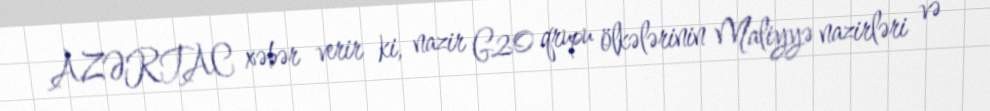
AZƏRTAC xəbər verir ki, nazir G20 qrupu ölkələrinin Maliyyə nazirləri və